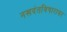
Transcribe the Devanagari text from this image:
नखदंतविषारावर